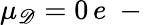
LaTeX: \mu_{\mathscr D}=0\, e\mathrm{~-~}